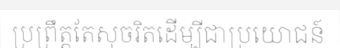
ប្រព្រឹត្តតែសុចរិតដើម្បីជាប្រយោជន៍